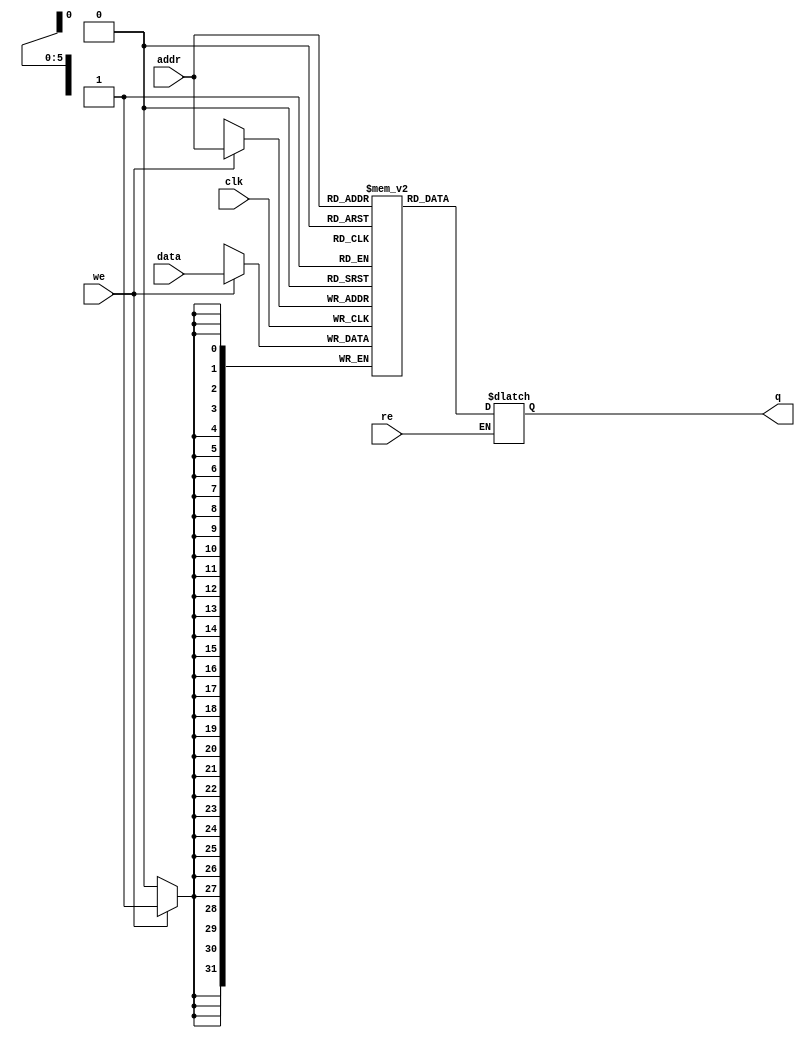
module memDados
#(parameter DATA_WIDTH=32, parameter ADDR_WIDTH=6)
(
	input [(DATA_WIDTH-1):0] data,
	input [(ADDR_WIDTH-1):0] addr,
	input we, re, clk,
	output reg [(DATA_WIDTH-1):0] q
);

	/* Declarao da RAM */
	reg [DATA_WIDTH-1:0] ram[2**ADDR_WIDTH-1:0];

	always @ (negedge clk)
	begin
		/* Escrita do dado de entrada */
		if (we)
			ram[addr] = data;
	end
	
	always @ (*)
		/* Leitura da memoria */
		if (re)
			q = ram[addr];

endmodule